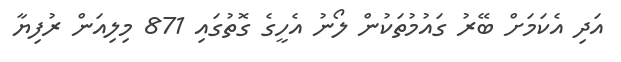
އަދި އެކަމަށް ބޭރު ގައުމުތަކުން ލޯނު އެހީގެ ގޮތުގައި 871 މިލިއަން ރުފިޔާ